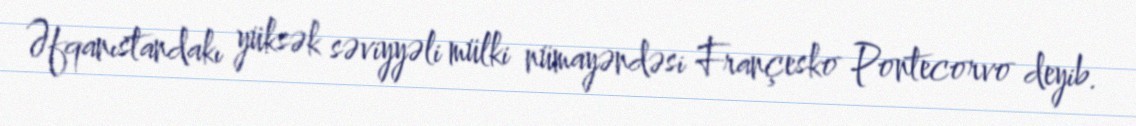
Əfqanıstandakı yüksək səviyyəli mülki nümayəndəsi Françesko Pontecorvo deyib.